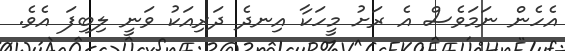
އެހެން ނަމަވެސް އެ ރަށު މީހަކާ އިނދެ ދަރިއަކު ވަނީ ލިބިފަ އެވެ.